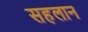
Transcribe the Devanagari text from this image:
सहलान